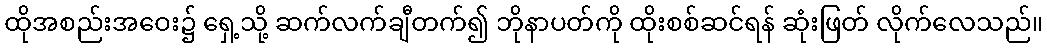
ထိုအစည်းအဝေး၌ ရှေ့သို့ ဆက်လက်ချီတက်၍ ဘိုနာပတ်ကို ထိုးစစ်ဆင်ရန် ဆုံးဖြတ် လိုက်လေသည်။